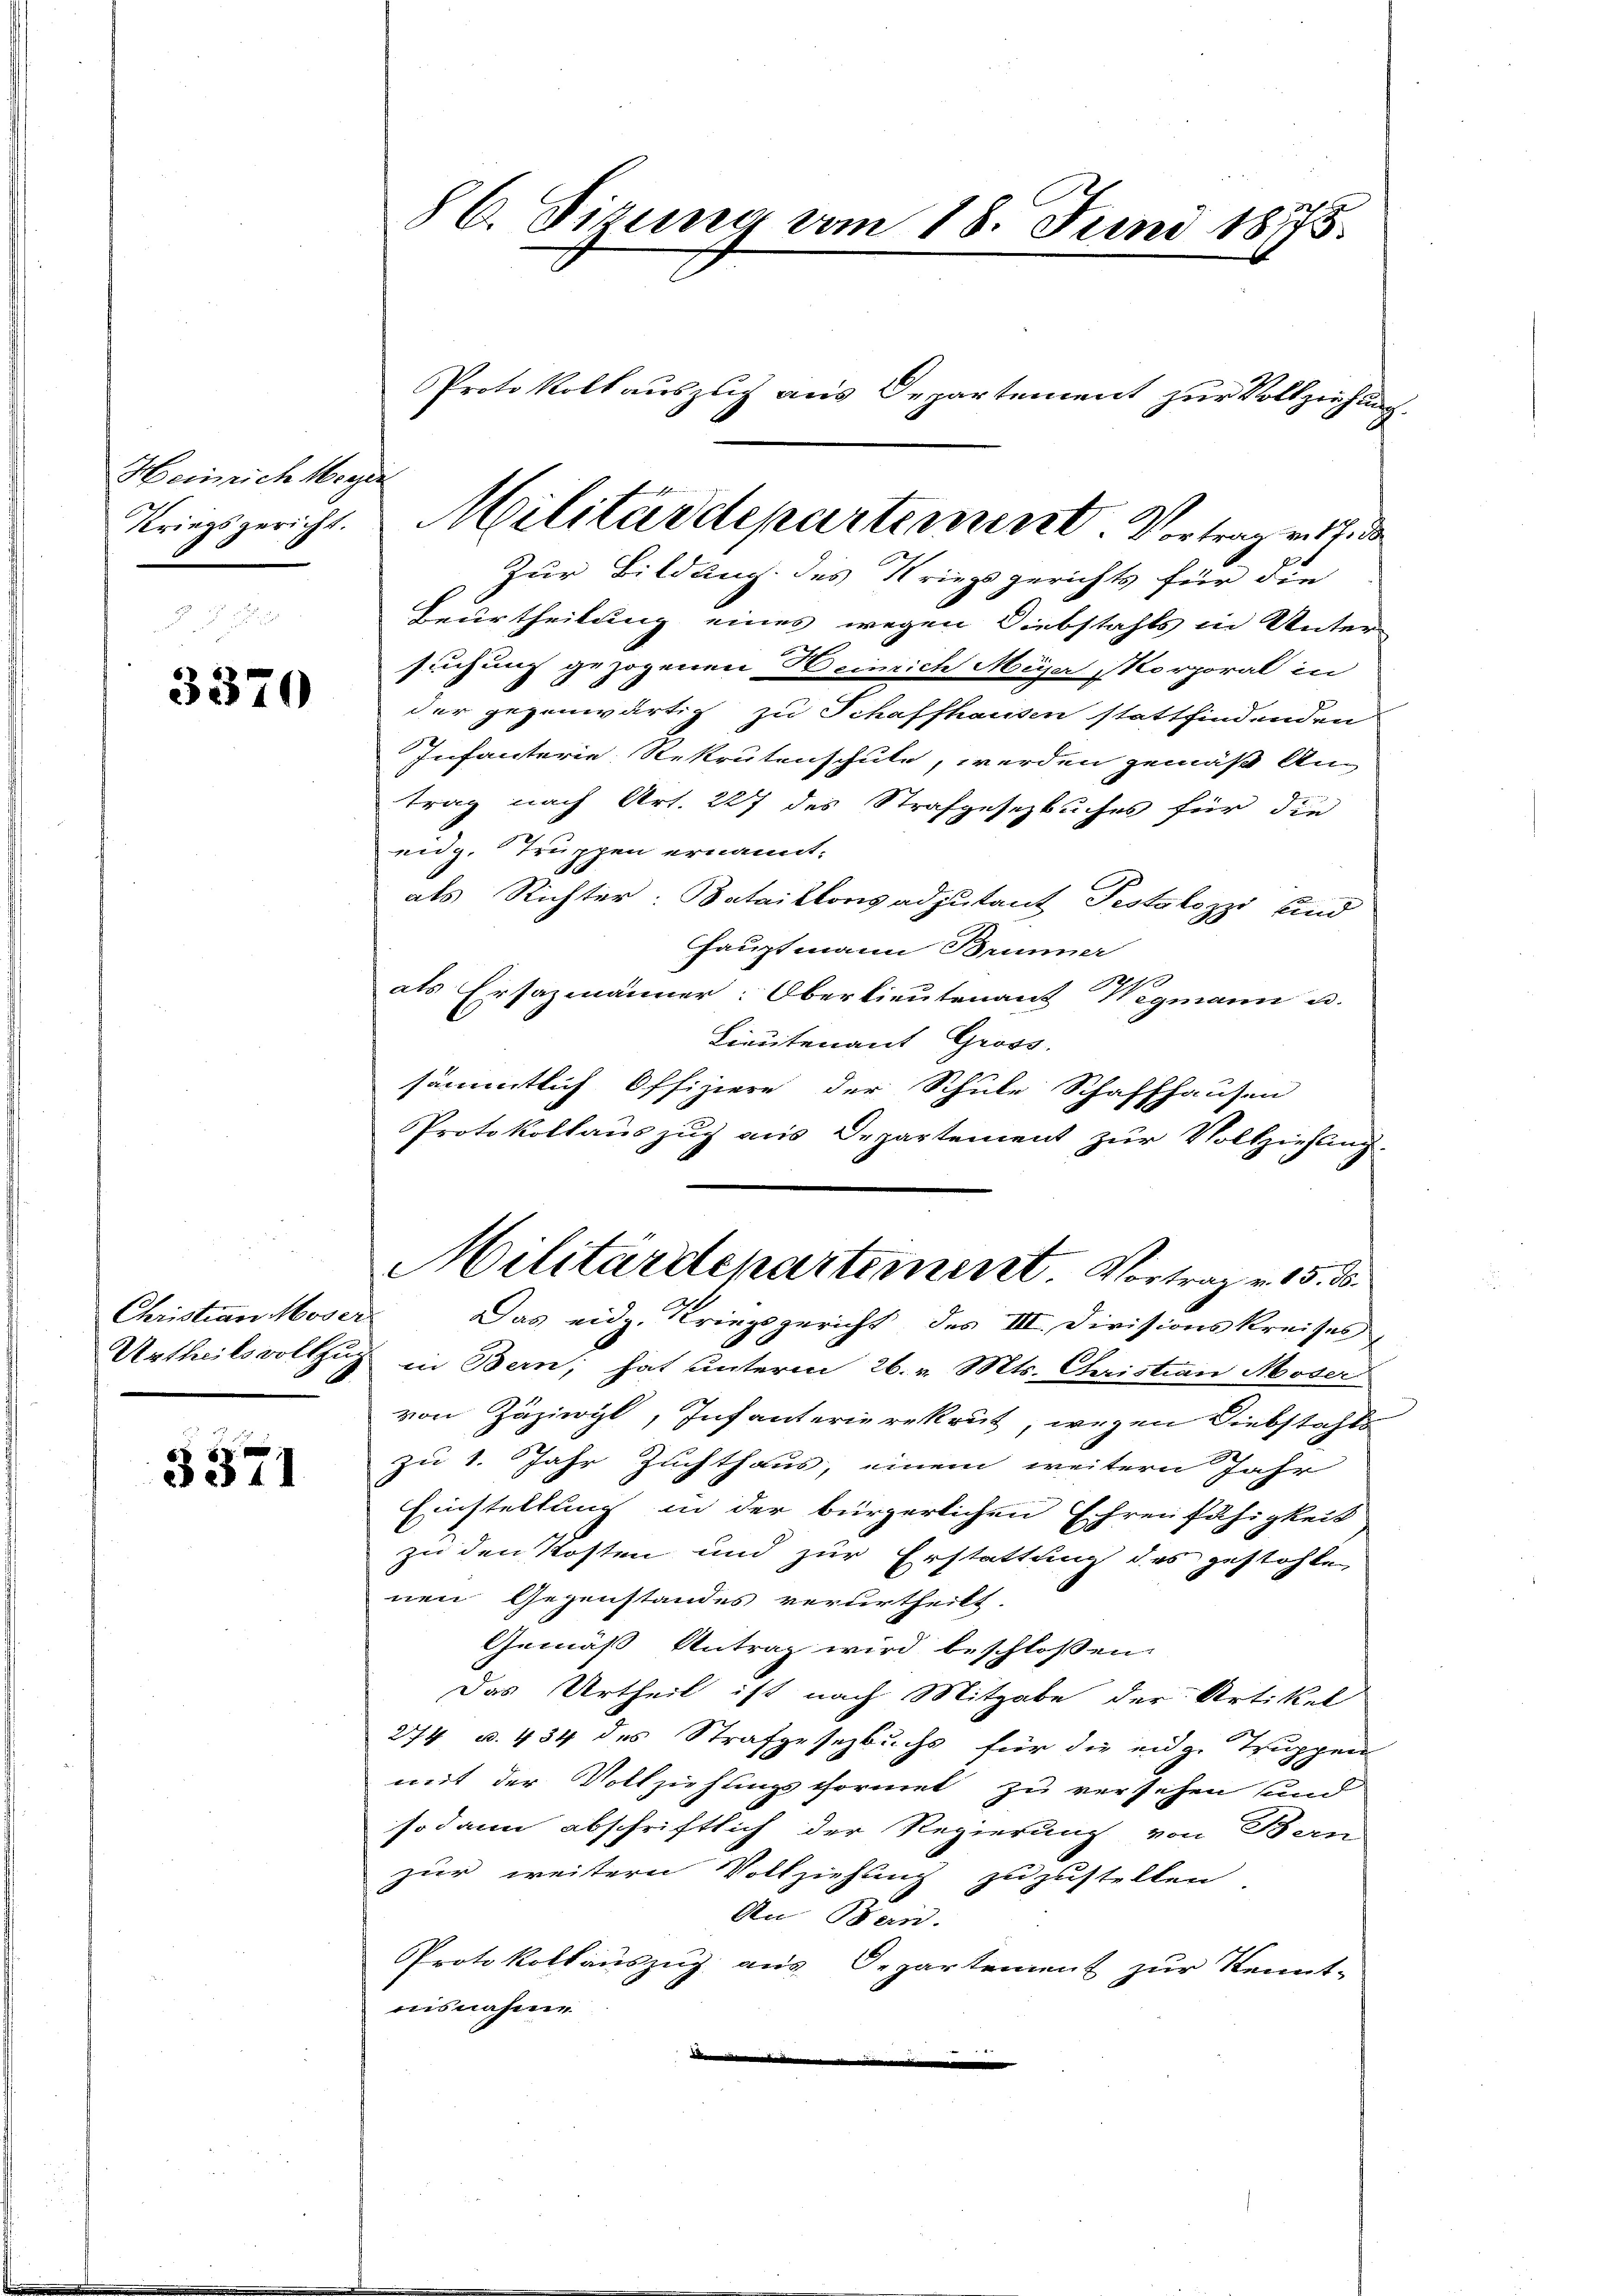
Heinrich Mogen
Kriegsgericht.

3370

Christian Moser

3371

86. Sizung vom 18. Juni 1875.

Zur Bildung des Kriegsgerichts für die
Beurtheilung eines wegen Diebstahls in Unter-
suchung gezogenen Heinrich Miser, Korporal in
der gegenwärtig zu Schaffhausen stattfindenden
Infanterie Rekrutenschule, werden gemäß Antrag nach Art. 227 des Strafgesezbuches für die
eidg. Truppen ernannt.
als Richter: Bataillonsadjutant Pestalozzi und
Hauptmann Brunner
als Ersazmänner: Oberlieutenant Wegmann u.
Lieutenant Gross.
sämmtlich Offiziere der Schule Schaffhausen
Protokollauszug aus Departement zur Vollziehung.
Militärdepartement. Vortrag v. 15. d.
Das eidg. Kriegsgericht des III. Divisionskreises
Urtheilsvollzug in Bern; hat unterm 26. v. Mts. Christian Moser
von Zäziwyl, Infanterierekrut, wegen Diebstahle
zu 1. Jahr Zuchthaus, einem weitern Jahr
Einstellung in der bürgerlichen Ehrenfähigkeit
zu den Kosten und zur Erstattung des gestohlen
nen Gegenstandes verurtheilt.
Gemäß Antrag wird beschlossen:
Das Urtheil ist nach Mitgabe der Artikel
274 u. 434 des Strafgesetzbuchs für die eidg. Truppen
mit der Vollziehungsformet zu versehen und
sodann abschriftlich der Regierung von Bern
zur weitern Vollziehung zuzustellen
An Bern.
Protokollauszug aus Departement zur Kennt-
aisnahme
d

Militärdepartement Vortrag v. h. de

Protokoll auszug aus Departement zur Vollziehung